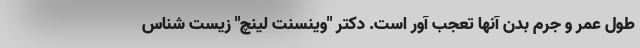
طول عمر و جرم بدن آنها تعجب آور است. دکتر "وینسنت لینچ" زیست شناس